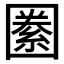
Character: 𡈢